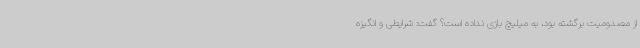
از مصدومیت برگشته بود، به میلیچ بازی نداده است؟ گفت: شرایطی و انگیزه‌